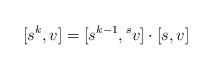
LaTeX: \begin{align*}[s^k,v] = [s^{k-1},{}^sv]\cdot [s,v]\end{align*}